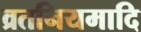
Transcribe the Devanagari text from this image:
व्रतनियमादि